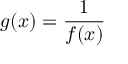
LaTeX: g ( x ) = { \frac { 1 } { f ( x ) } }